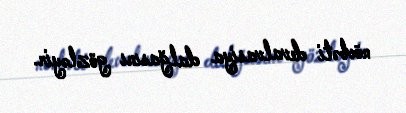
növbəti devalvasiya dalğasını gözləyir.